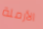
الأرملة